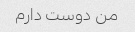
من دوست دارم